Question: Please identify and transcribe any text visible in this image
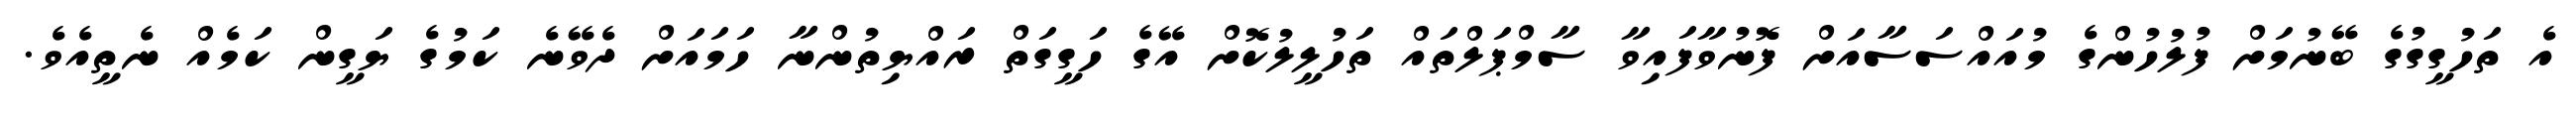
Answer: އެ ތަހުގީގުގެ ބޭނުމަށް ފުލުހުންގެ މުއައްސަސާއަށް ފޮނުވާފައިވާ ސާމްޕަލްތައް ތަހުލީލުކޮށް އޭގެ ހަގީގަތް ރައްޔިތުންނާ ހަމައަށް ދެވޭނެ ކަމުގެ ޔަގީން ކަމެއް ނެތީއެވެ.